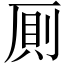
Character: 厠